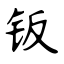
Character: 钣